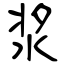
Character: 浆